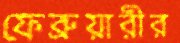
ফেব্রুয়ারীর